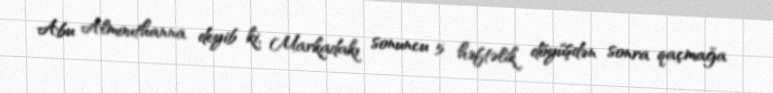
Abu Almouthanna deyib ki, Markadakı sonuncu 5 həftəlik döyüşdən sonra qaçmağa